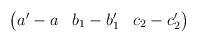
LaTeX: \begin{align*}\begin{pmatrix}a'-a & b_1-b'_1 & c_2-c'_2\end{pmatrix}\end{align*}